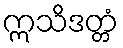
ဣသိဒတ္တံ